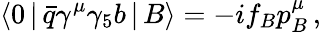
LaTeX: \langle 0\, |\, \bar{q}\gamma^{\mu}\gamma_{5}b\, |\, B\rangle=-if_{B}p_{B}^{\mu}\, ,